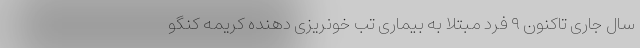
سال جاری تاکنون ۹ فرد مبتلا به بیماری تب خونریزی دهنده کریمه کنگو